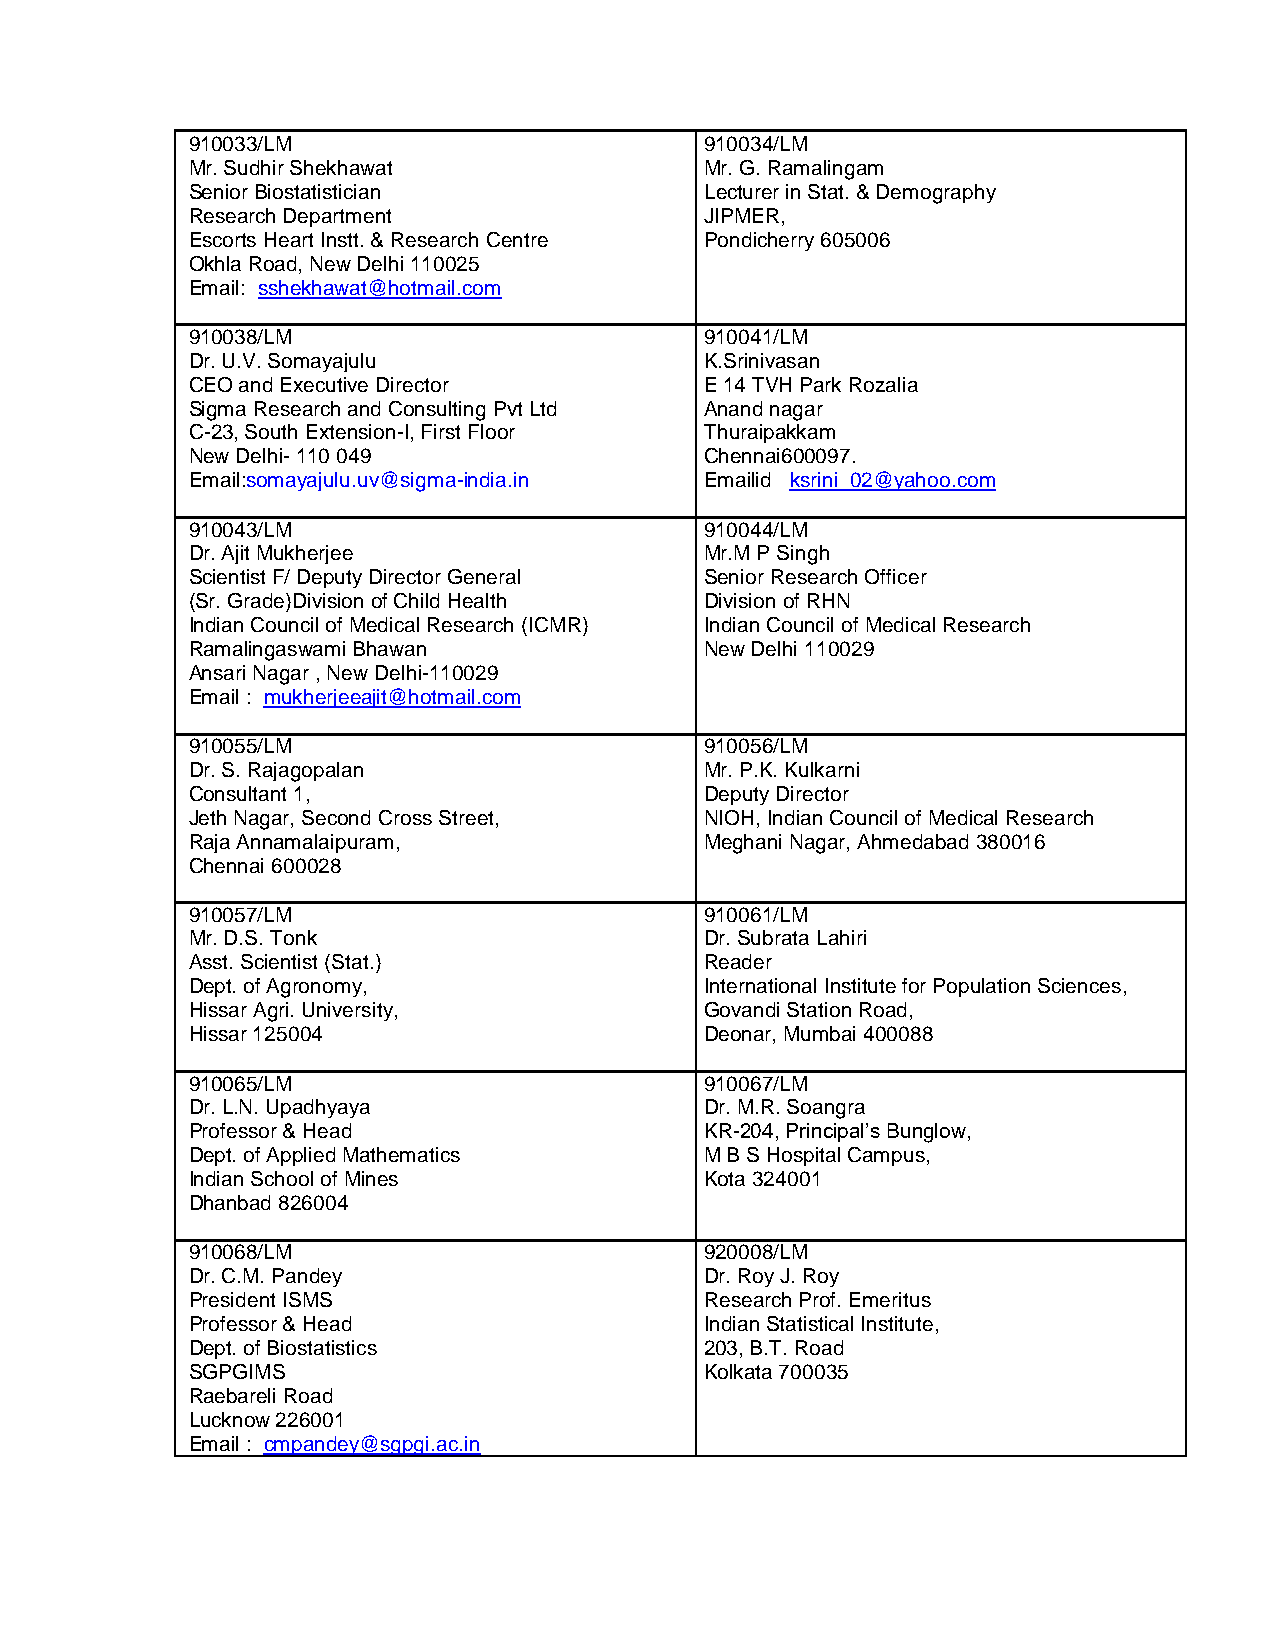
910033/LM                          910034/LM
 Mr. Sudhir Shekhawat               Mr. G. Ramalingam
 Senior Biostatistician             Lecturer in Stat. & Demography
 Research Department                JIPMER,
 Escorts Heart Instt. & Research Centre Pondicherry 605006
 Okhla Road, New Delhi 110025
 Email: sshekhawat@hotmail.com
 910038/LM                          910041/LM
 Dr. U.V. Somayajulu                K.Srinivasan
 CEO and Executive Director         E 14 TVH Park Rozalia
 Sigma Research and Consulting Pvt Ltd Anand nagar
 C-23, South Extension-I, First Floor Thuraipakkam
 New Delhi- 110 049                 Chennai600097.
 Email:somayajulu.uv@sigma-india.in Emailid ksrini_02@yahoo.com
 910043/LM                          910044/LM
 Dr. Ajit Mukherjee                 Mr.M P Singh
 Scientist F/ Deputy Director General Senior Research Officer
 (Sr. Grade)Division of Child Health Division of RHN
 Indian Council of Medical Research (ICMR) Indian Council of Medical Research
 Ramalingaswami Bhawan              New Delhi 110029
 Ansari Nagar , New Delhi-110029
 Email : mukherjeeajit@hotmail.com
 910055/LM                          910056/LM
 Dr. S. Rajagopalan                 Mr. P.K. Kulkarni
 Consultant 1,                      Deputy Director
 Jeth Nagar, Second Cross Street,   NIOH, Indian Council of Medical Research
 Raja Annamalaipuram,               Meghani Nagar, Ahmedabad 380016
 Chennai 600028
 910057/LM                          910061/LM
 Mr. D.S. Tonk                      Dr. Subrata Lahiri
 Asst. Scientist (Stat.)            Reader
 Dept. of Agronomy,                 International Institute for Population Sciences,
 Hissar Agri. University,           Govandi Station Road,
 Hissar 125004                      Deonar, Mumbai 400088
 910065/LM                          910067/LM
 Dr. L.N. Upadhyaya                 Dr. M.R. Soangra
 Professor & Head                   KR-204, Principal’s Bunglow,
 Dept. of Applied Mathematics       M B S Hospital Campus,
 Indian School of Mines             Kota 324001
 Dhanbad 826004
 910068/LM                          920008/LM
 Dr. C.M. Pandey                    Dr. Roy J. Roy
 President ISMS                     Research Prof. Emeritus
 Professor & Head                   Indian Statistical Institute,
 Dept. of Biostatistics             203, B.T. Road
 SGPGIMS                            Kolkata 700035
 Raebareli Road
 Lucknow 226001
 Email : cmpandey@sgpgi.ac.in